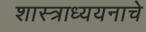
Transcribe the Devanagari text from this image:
शास्त्राध्ययनाचे